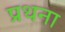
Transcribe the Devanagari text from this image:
प्रथना